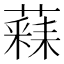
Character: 𮑧